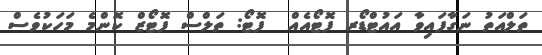
ތަލްއަތު ނަގާފައިވާ އައުޓްޑޯރ ފޮޓޯއެއް  ފޮޓޯ: ތަލްސް ފޮޓޯޒް ކޮންމެ މަހަކުވެސް